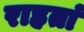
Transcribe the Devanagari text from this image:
राहतां